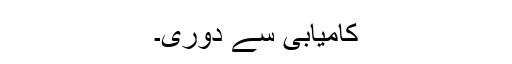
کامیابی سے دوری۔